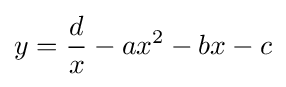
y={\frac {d}{x}}-ax^{2}-bx-c